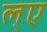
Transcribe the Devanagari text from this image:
ल्ए